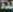
لذة